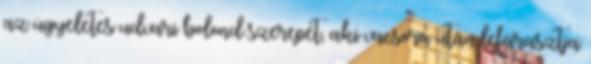
az ügyeletes udvari bolond szerepét, aki vacsora után lefárasztja